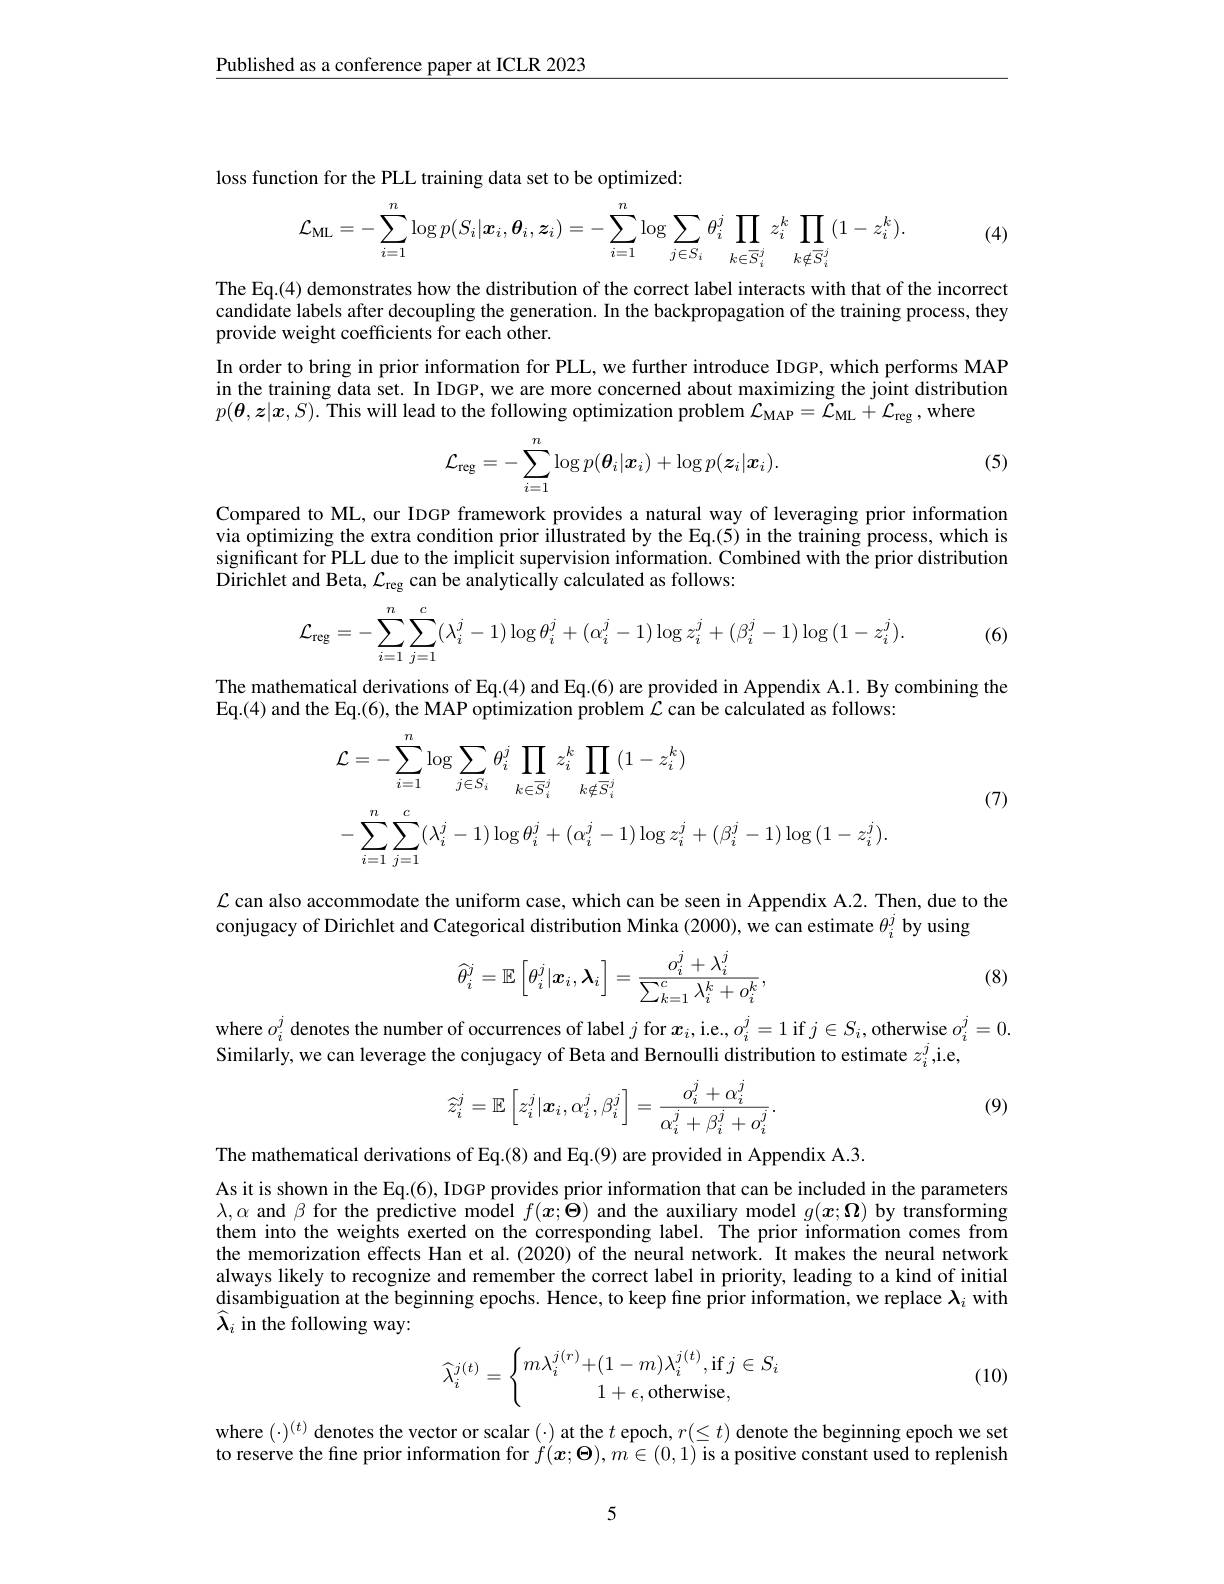
Published as a conference paper at ICLR 2023

loss function for the PLL training data set to be optimized:
$$\mathcal{L}_{\mathrm{ML}}=-\sum_{i=1}^n\log p(S_i|\boldsymbol{x}_i,\boldsymbol{\theta}_i,\boldsymbol{z}_i)=-\sum_{i=1}^n\log\sum_{j\in S_i}\theta_i^j\prod_{k\in\overline{S}_i^j}z_i^k\prod_{k\notin\overline{S}_i^j}(1-z_i^k).$$
(4)

The Eq.(4) demonstrates how the distribution of the correct label interacts with that of the incorrect candidate labels after decoupling the generation. In the backpropagation of the training process, they provide weight coefficients for each other.
In order to bring in prior information for PLL, we further introduce IDGP, which performs MAP in the training data set. In IDGP, we are more concerned about maximizing the joint distribution $p(\boldsymbol{\theta},\boldsymbol{z}|\boldsymbol{x},S).\tilde{\text{This will lead to the following optimization problem }\mathcal{L}_{\mathrm{MAP}}=\tilde{\mathcal{L}}_{\mathrm{ML}}+\mathcal{L}_{\mathrm{reg}},\mathrm{where}}$

(5)
$$\mathcal{L}_{\mathrm{reg}}=-\sum_{i=1}^n\log p(\boldsymbol{\theta}_i|\boldsymbol{x}_i)+\log p(\boldsymbol{z}_i|\boldsymbol{x}_i).$$
Compared to ML, our IDGP framework provides a natural way of leveraging prior information via optimizing the extra condition prior illustrated by the Eq.(5) in the training process, which is significant for PLL due to the implicit supervision information. Combined with the prior distribution Dirichlet and Beta, $\mathcal{L}_\mathrm{reg}$ can be analytically calculated as follows:
$$\mathcal{L}_{\mathrm{reg}}=-\sum_{i=1}^n\sum_{j=1}^c(\lambda_i^j-1)\log\theta_i^j+(\alpha_i^j-1)\log z_i^j+(\beta_i^j-1)\log{(1-z_i^j)}.$$
(6)

The mathematical derivations of Eq.(4) and Eq.(6) are provided in Appendix A.1. By combining the
Eq.(4) and the Eq.(6), the MAP optimization problem $\mathcal{L}$ can be calculated as follows:
$$\begin{aligned}&\mathcal{L}=-\sum_{i=1}^{n}\log\sum_{j\in S_{i}}\theta_{i}^{j}\prod_{k\in\overline{S}_{i}^{j}}z_{i}^{k}\prod_{k\notin\overline{S}_{i}^{j}}(1-z_{i}^{k})\\&-\sum_{i=1}^{n}\sum_{j=1}^{c}(\lambda_{i}^{j}-1)\log\theta_{i}^{j}+(\alpha_{i}^{j}-1)\log z_{i}^{j}+(\beta_{i}^{j}-1)\log{(1-z_{i}^{j})}.\end{aligned}$$
(7)

$\mathcal{L}$ can also accommodate the uniform case, which can be seen in Appendix A.2. Then, due to the
conjugacy of Dirichlet and Categorical distribution Minka (2000), we can estimate $\theta_i^j$ by using

(8)
$$\widehat{\theta}_i^j=\mathbb{E}\left[\theta_i^j|\boldsymbol{x}_i,\boldsymbol{\lambda}_i\right]=\frac{o_i^j+\lambda_i^j}{\sum_{k=1}^c\lambda_i^k+o_i^k},$$
where $o_i^j$ denotes the number of occurrences of label $j$ for $x_i$,i.e.$,o_i^j=1$ if $j\in S_i$,otherwise $o_i^j=0.$
Similarly, we can leverage the conjugacy of Beta and Bernoulli distribution to estimate $z_i^j$,i.e,
$$\widehat{z}_i^j=\mathbb{E}\left[z_i^j|\boldsymbol{x}_i,\alpha_i^j,\beta_i^j\right]=\frac{o_i^j+\alpha_i^j}{\alpha_i^j+\beta_i^j+o_i^j}.$$
(9)

The mathematical derivations of Eq.(8) and Eq.(9) are provided in Appendix A.3.

As it is shown in the Eq.(6), IDGP provides prior information that can be included in the parameters $\lambda,\alpha$ and $\beta$ for the predictive model $f(\boldsymbol{x};\dot{\Theta})$ and the auxiliary model $g(\boldsymbol{x};\boldsymbol{\Omega})$ by transforming them into the weights exerted on the corresponding label. The prior information comes from the memorization effects Han et al.(2020) of the neural network. It makes the neural network always likely to recognize and remember the correct label in priority, leading to a kind of initial disambiguation at the beginning epochs. Hence, to keep fine prior information, we replace $\boldsymbol{\lambda}_i$ with $\widehat{\lambda}_i$ in the following way:
$$\widehat{\lambda}_i^{j(t)}=\begin{cases}m\lambda_i^{j(r)}+(1-m)\lambda_i^{j(t)},\text{if}j\in S_i\\\quad1+\epsilon,\text{otherwise},\end{cases}$$
(10)

where $(\cdot)^{(t)}$ denotes the vector or scalar (-) at the $t$ epoch, $r(\leq t)$ denote the beginning epoch we set to reserve the fine prior information for $f(\boldsymbol x;\boldsymbol\Theta),m\in(0,1)$ is a positive constant used to replenish

5